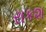
રાકશ